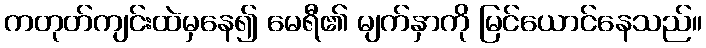
ကတုတ်ကျင်းထဲမှနေ၍ မေရီ၏ မျက်နှာကို မြင်ယောင်နေသည်။